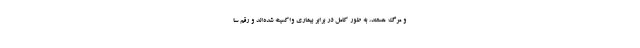
و مرگ هستند، به طور کامل در برابر بیماری واکسینه شده‌اند و رقم سا